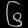
Digit: ၆